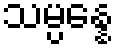
သမ္ပန္နေ